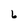
Character: 6